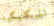
الميكانيكية